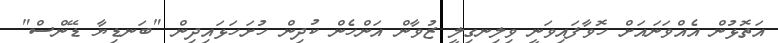
އަތޮޅުން އެއްވަނައަށް ހޮވާފައިވަނީ ވިލިނގިލީ ޒުވާން އަންހެން ކުދިން ހުށަހަޅައިދިން "ބަނޑިޔާ ޑޭންސް"